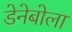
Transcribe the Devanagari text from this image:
डेनेबोला